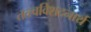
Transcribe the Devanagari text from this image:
तत्त्वविशदनार्थ